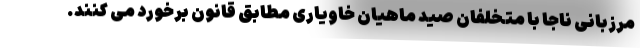
مرزبانی ناجا با متخلفان صید ماهیان خاویاری مطابق قانون برخورد می کنند.